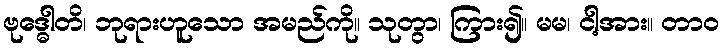
ဗုဒ္ဓေါတိ၊ ဘုရားဟူသော အမည်ကို။ သုတွာ၊ ကြား၍။ မမ၊ ငါ့အား။ တာဝ